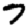
Digit: 7